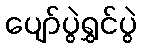
ပျော်ပွဲရွှင်ပွဲ